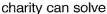
charity can solve